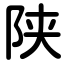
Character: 陕